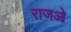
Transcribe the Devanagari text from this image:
राजओ